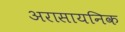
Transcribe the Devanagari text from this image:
अरासायनिक